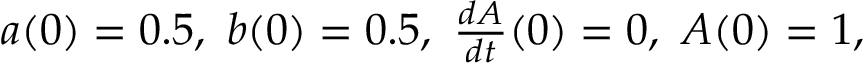
\begin{array} { r } { a ( 0 ) = 0 . 5 , \ b ( 0 ) = 0 . 5 , \ \frac { d A } { d t } ( 0 ) = 0 , \ A ( 0 ) = 1 , } \end{array}